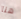
هنا